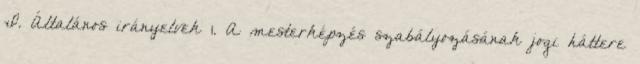
I. Általános irányelvek 1. A mesterképzés szabályozásának jogi háttere